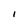
Character: I